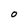
Character: O